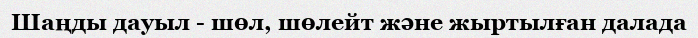
Шаңды дауыл - шөл, шөлейт және жыртылған далада